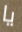
يا